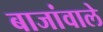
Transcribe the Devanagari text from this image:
बाजांवाले